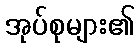
အုပ်စုများ၏